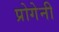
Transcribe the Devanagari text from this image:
प्रोगेनी